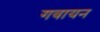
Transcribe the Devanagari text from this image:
गवायन